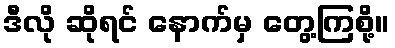
ဒီလို ဆိုရင် နောက်မှ တွေ့ကြစို့။